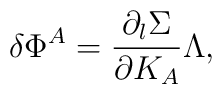
\delta\Phi^A={\partial _l\Sigma\over \partial K_A}\Lambda,